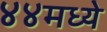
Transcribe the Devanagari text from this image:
४४मध्ये